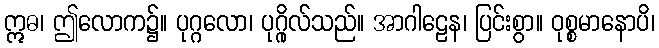
ဣဓ၊ ဤလောက၌။ ပုဂ္ဂလော၊ ပုဂ္ဂိုလ်သည်။ အာဂါဠေန၊ ပြင်းစွာ။ ဝုစ္စမာနောပိ၊